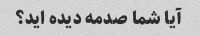
آیا شما صدمه دیده اید؟